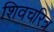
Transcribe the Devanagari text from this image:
शिवचरित्र